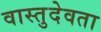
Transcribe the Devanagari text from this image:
वास्तुदेवता